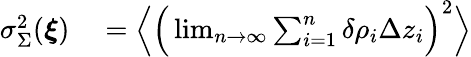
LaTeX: \begin{array}{rl}{\sigma_{\Sigma}^{2}(\boldsymbol{\xi})}&{{}=\Big\langle\Big(\operatorname*{lim}_{n\to\infty}\sum_{i=1}^{n}\delta\rho_{i}\Delta z_{i}\Big)^{2}\Big\rangle}\end{array}